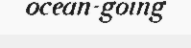
ocean-going